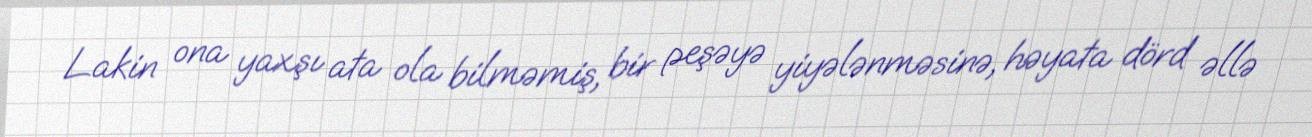
Lakin ona yaxşı ata ola bilməmiş, bir peşəyə yiyələnməsinə, həyata dörd əllə